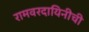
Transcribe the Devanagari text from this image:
रामवरदायिनीची